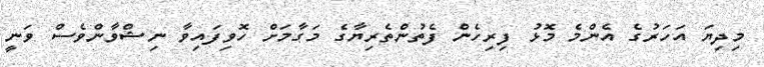
މިދިޔަ އަހަރުގެ އެންމެ މޮޅު ފިރިހެން ފެތުންތެރިޔާގެ މަގާމަށް ހޮވިފައިވާ ނިޝްވާންވެސް ވަނީ